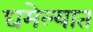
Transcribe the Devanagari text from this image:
घमेल्यात